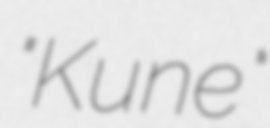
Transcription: "Kune"